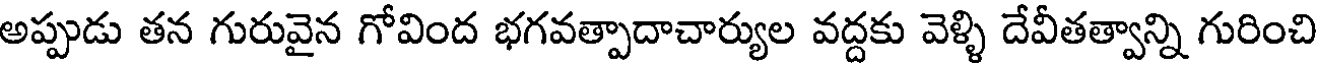
అప్పుడు తన గురువైన గోవింద భగవత్పాదాచార్యుల వద్దకు వెళ్ళి దేవీతత్వాన్ని గురించి